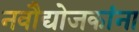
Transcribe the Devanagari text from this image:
नवौद्योजकांना